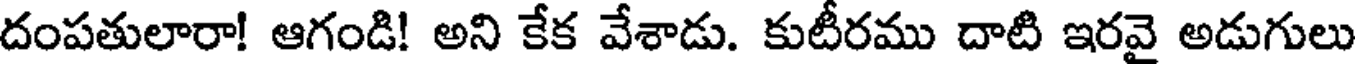
దంపతులారా! ఆగండి! అని కేక వేశాడు. కుటీరము దాటి ఇరవై అడుగులు